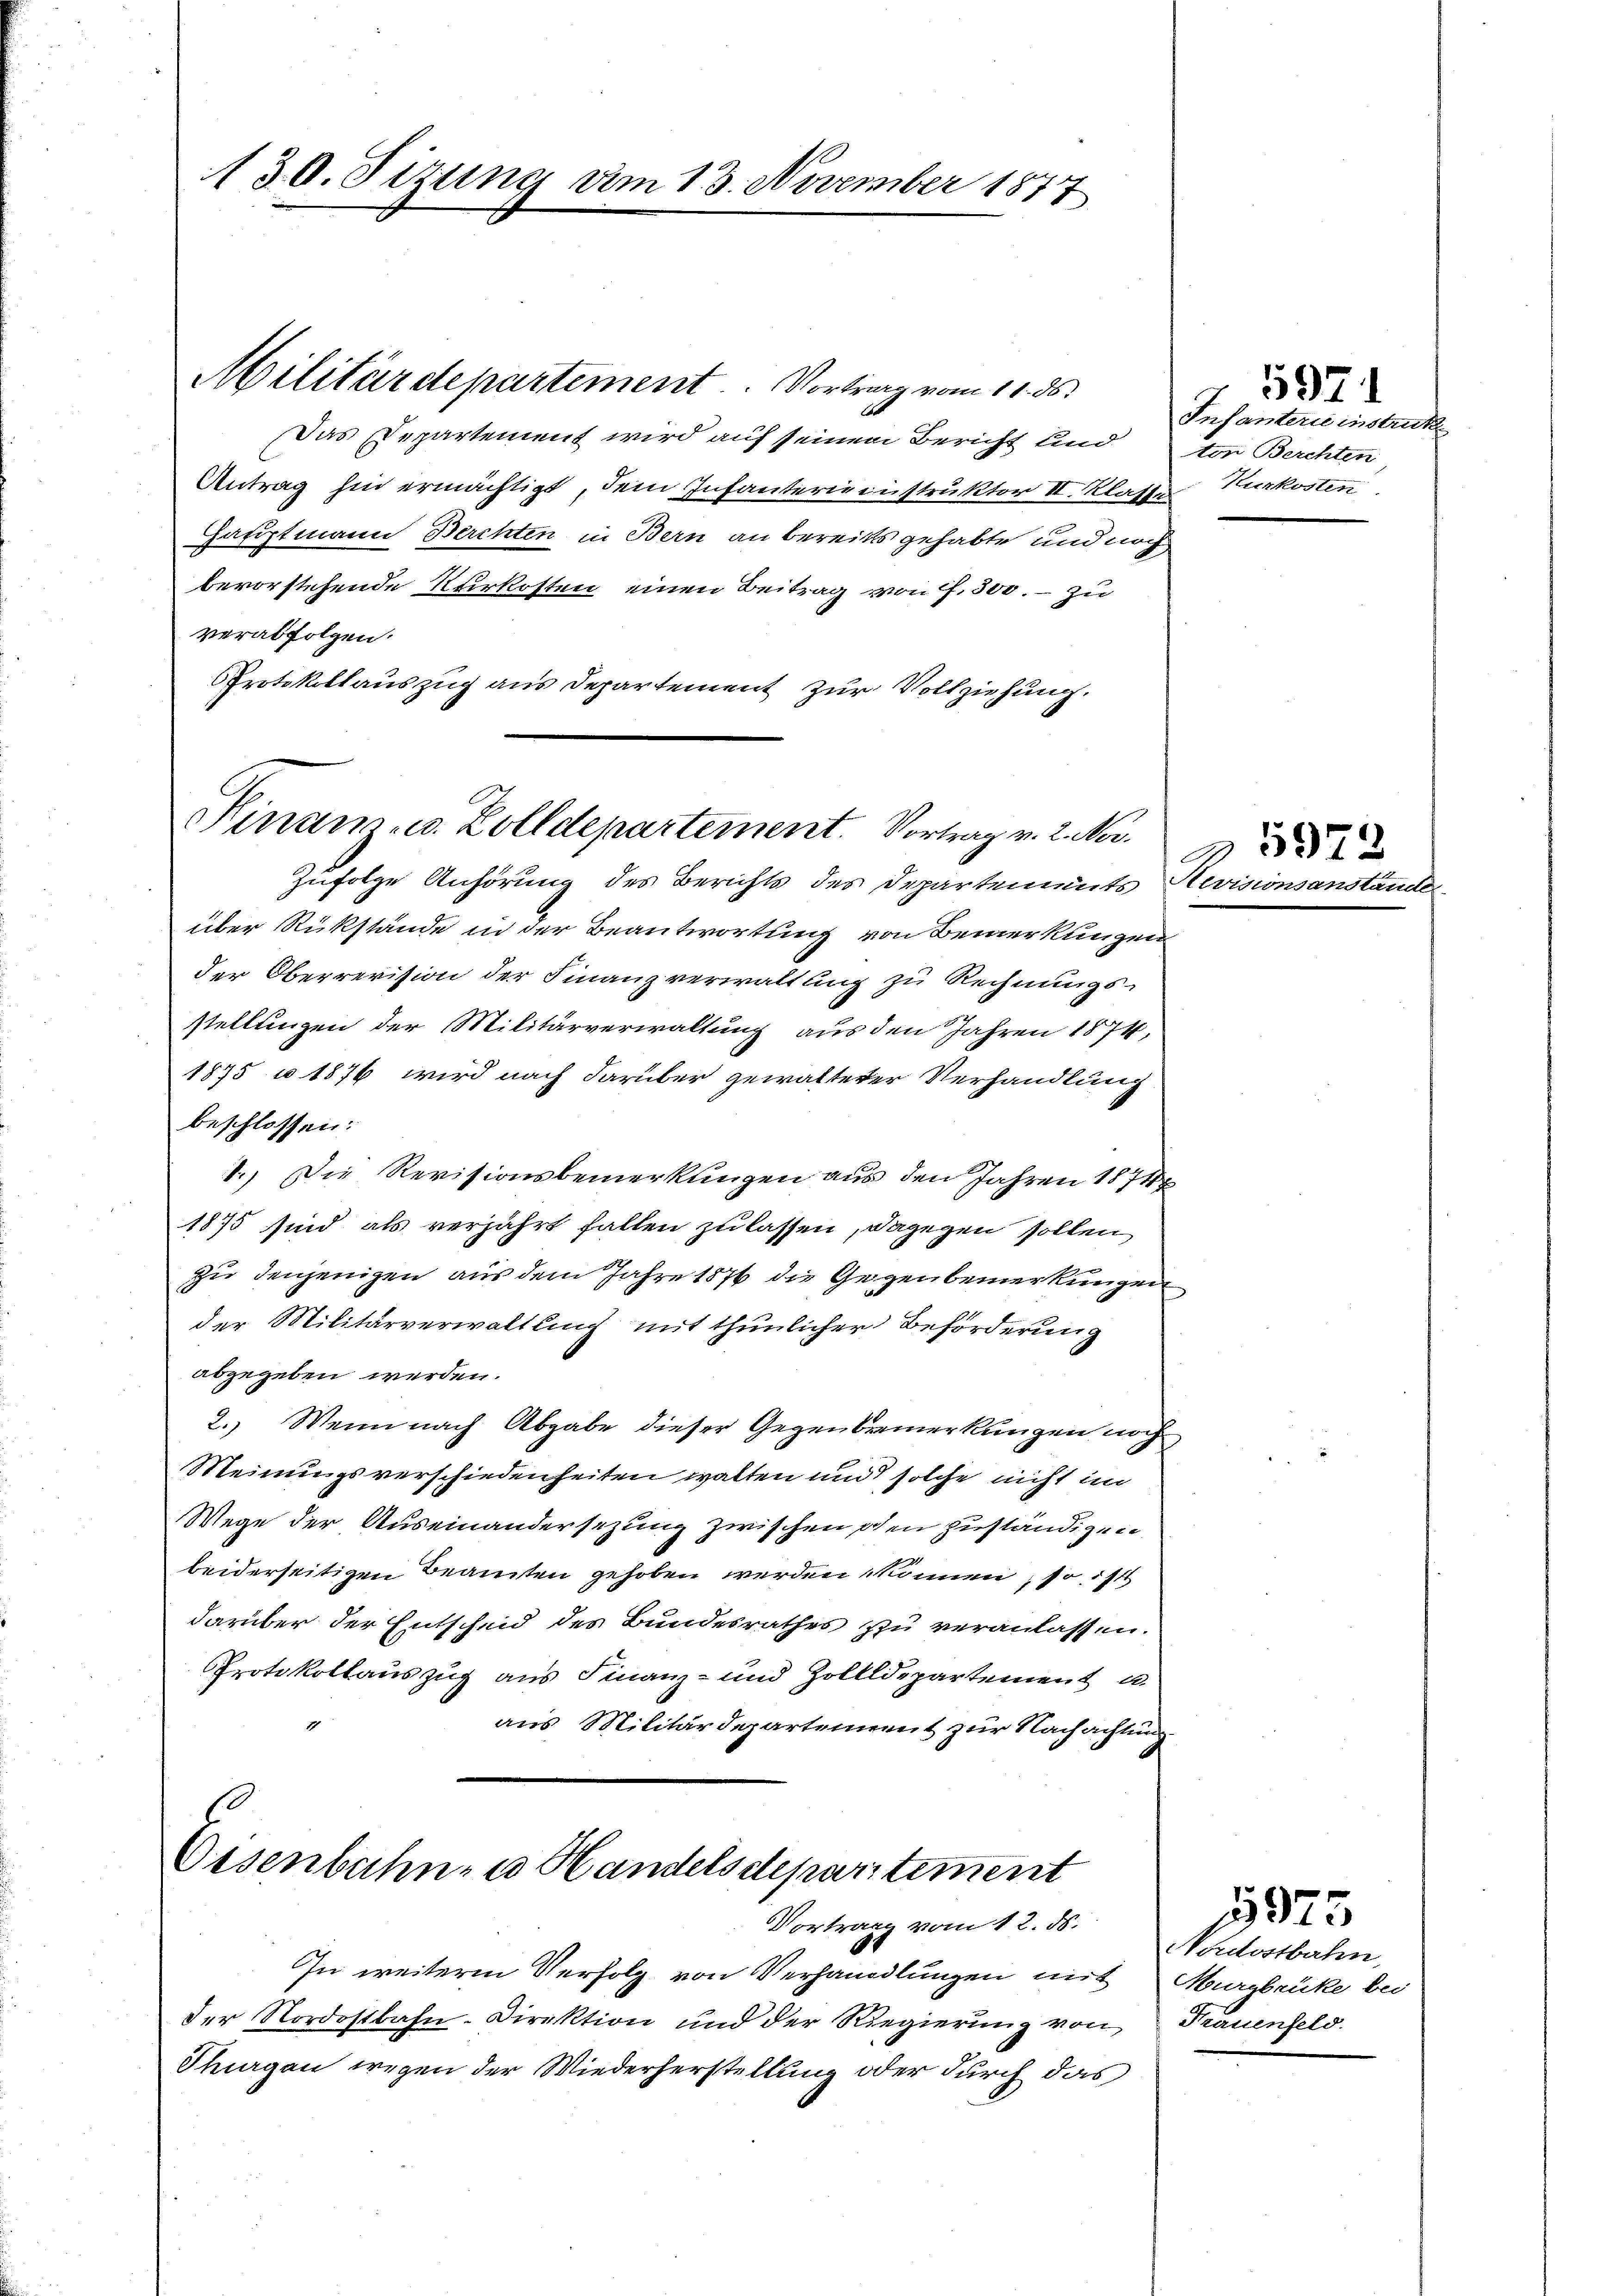
130. Sitzung am 13. November 1877

Militärdepartement. Vortrag vom 11. ds.
Das Departement wird auf seinem Bericht und
Antrag hin ermächtigt, dem Infanterie instruktor II. Klasse. Nurkosten
Hauptmann Berchten in Bern an bereits gehabte und noch
bevorstehende Kurkosten einen Beitrag von f. 300. – zu
verabfolgen.
Protokollauszug aus Departement zur Vollziehung.
Kinanz- u. Zolldepartement. Vortrag v. 2. Nov.

Zufolge Anhörung des Berichts des Departements Nevis
über Rükstände in der Beantwortung von Bemerkungen
der Oberrevision der Finanzverwaltung zu Rechnungs-
stellungen der Militärverwaltung aus den Jahren 1874,
1875 u. 1876 wird nach darüber gewalteter Verhandlung
beschlossen:
1.) Die Revisionsbemerkungen aus den Jahren 1874
1875 sind als verjährt fallen zu lassen, dagegen sollen,
zu denjenigen aus dem Jahre 1876 die Gegen bemerkungen
der Militärverwaltung mit thunlicher Beförderung
abgegeben werden.
2.) Wenn nach Abgabe dieser Gegenbremerkungen noch
Meinungsverschiedenheiten walten und solche nicht im
Wege der Auseinandersezung zwischen den zuständigen
beiderseitigen Beamten gehoben werden können, so ist
darüber der Entscheid des Bundesrathes zu veranlassen.
Protokollauszug aus Finanz- und Zollldepartement u.
aus Militärdepartement zur Nachachtung

Eisenbahn- u. Handelsdepartement
Vortrag vom 12. ds.

In weitere Verfolg von Verhandlungen mit
der Nordostbahn. Direktion und der Regierung von
Thurgau wegen der Wiederherstellung oder durch das

Infanterie instruct
ton Berchten

2

5971

59

Nordostbahn,
Murgbrüke bei
Frauenfeld.

3975